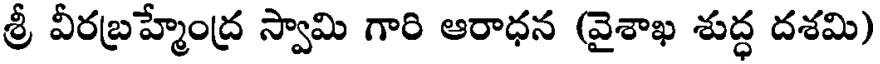
శ్రీ వీరబ్రహ్మేంద్ర స్వామి గారి ఆరాధన (వైశాఖ శుద్ధ దశమి)